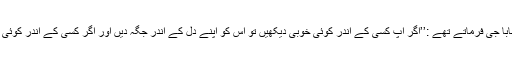
محمد سہیل متعلم دارالحدیث راجووال بیان کرتے ہیں کہ بابا جی فرماتے تھے :’’اگر آپ کسی کے اندر کوئی خوبی دیکھیں تو اس کو اپنے دل کے اندر جگہ دیں اور اگر کسی کے اندر کوئی خامی دیکھیں تو اس کو لوگوں کے اندر مشہور نہ کریں۔